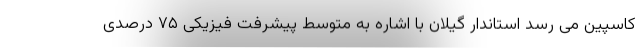
کاسپین می رسد استاندار گیلان با اشاره به متوسط پیشرفت فیزیکی ۷۵ درصدی